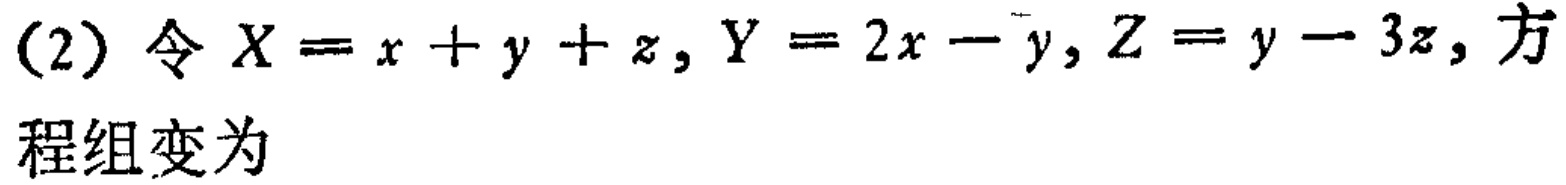
(2) 令 \(X = x + y+z, Y = 2x - y, Z = y - 3z\), 方程组变为